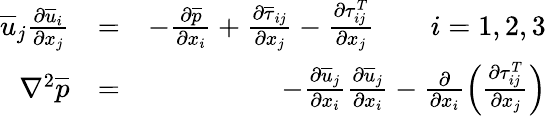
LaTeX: \begin{array}{rlr}{\overline{{u}}_{j}\frac{\partial\overline{{u}}_{i}}{\partial x_{j}}}&{=}&{-\frac{\partial\overline{{p}}}{\partial x_{i}}+\frac{\partial\overline{{\tau}}_{ij}}{\partial x_{j}}-\frac{\partial\tau_{ij}^{T}}{\partial x_{j}}\qquad i=1,2,3}\\ {\nabla^{2}\overline{{p}}}&{=}&{-\frac{\partial\overline{{u}}_{j}}{\partial x_{i}}\frac{\partial\overline{{u}}_{j}}{\partial x_{i}}-\frac{\partial}{\partial x_{i}}\left(\frac{\partial\tau_{ij}^{T}}{\partial x_{j}}\right)}\end{array}